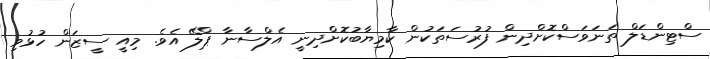
ސްޓިންޑަލް ތަނަވަސްކޮށްދިން ފުރުސަތަކުން ކާމިޔާބުކޮށްދިނީ އެލްސާނާ ޕްލޭ އެވެ. މިއީ ސީޒަން ހުޅުވި